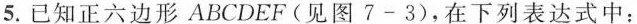
5.已知正六边形ABCDEF(见图7-3)，在下列表达式中：